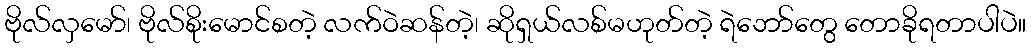
ဗိုလ်လှမော်၊ ဗိုလ်စိုးမောင်စတဲ့ လက်ဝဲဆန်တဲ့၊ ဆိုရှယ်လစ်မဟုတ်တဲ့ ရဲဘော်တွေ တောခိုရတာပါပဲ။